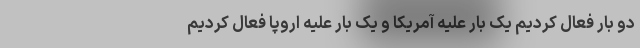
دو بار فعال کردیم یک بار علیه آمریکا و یک بار علیه اروپا فعال کردیم